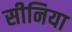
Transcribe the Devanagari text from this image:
सीनिया